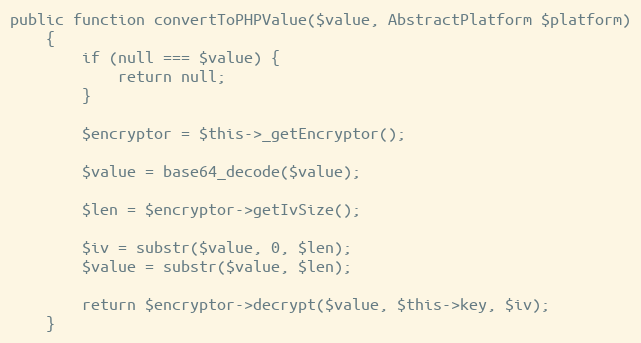
Language: PHP
public function convertToPHPValue($value, AbstractPlatform $platform)
    {
        if (null === $value) {
            return null;
        }

        $encryptor = $this->_getEncryptor();

        $value = base64_decode($value);

        $len = $encryptor->getIvSize();

        $iv = substr($value, 0, $len);
        $value = substr($value, $len);

        return $encryptor->decrypt($value, $this->key, $iv);
    }